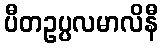
ပီတဥပ္ပလမာလိနီ